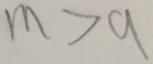
m > a